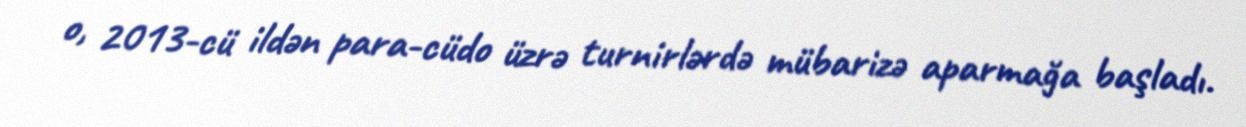
o, 2013-cü ildən para-cüdo üzrə turnirlərdə mübarizə aparmağa başladı.